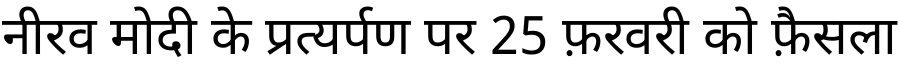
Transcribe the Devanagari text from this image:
नीरव मोदी के प्रत्यर्पण पर 25 फ़रवरी को फ़ैसला